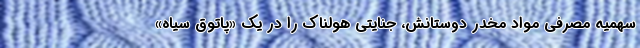
سهمیه مصرفی مواد مخدر دوستانش، جنایتی هولناک را در یک «پاتوق سیاه»